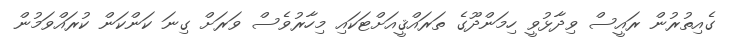
ގެއިތުރުން ރައީސް ވިދާޅުވީ ހިމަންދޫގެ ތަރައްޤީއަށްޓަކައި މިހާރުވެސް ވަރަށް ގިނަ ކަންކަން ކުރައްވަމުން